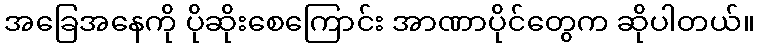
အခြေအနေကို ပိုဆိုးစေကြောင်း အာဏာပိုင်တွေက ဆိုပါတယ်။